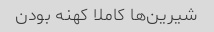
شیرین‌ها کاملا کهنه بودن